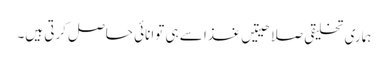
ہماری تخلیقی صلاحیتیں غذا سے ہی توانائی حاصل کرتی ہیں۔